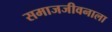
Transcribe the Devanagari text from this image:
समाजजीवनाला